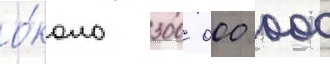
о́коло 300 000 000